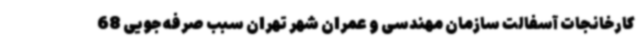
کارخانجات آسفالت سازمان مهندسی و عمران شهر تهران سبب صرفه جویی 68